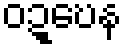
ဝဍ္ဎေန